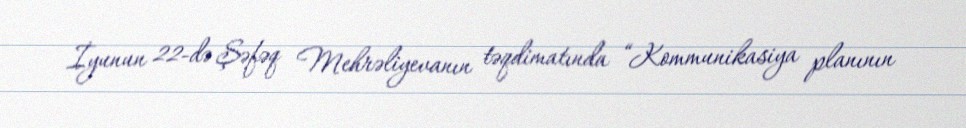
İyunun 22-də Şəfəq Mehrəliyevanın təqdimatında “Kommunikasiya planının